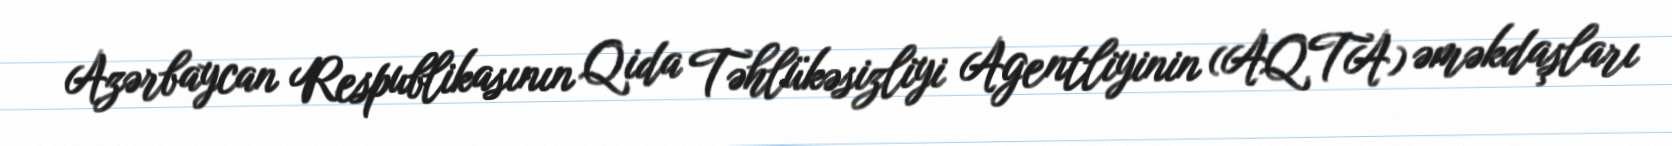
Azərbaycan Respublikasının Qida Təhlükəsizliyi Agentliyinin (AQTA) əməkdaşları